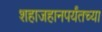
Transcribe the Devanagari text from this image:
शहाजहानपर्यंतच्या